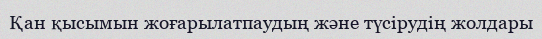
Қан қысымын жоғарылатпаудың және түсірудің жолдары